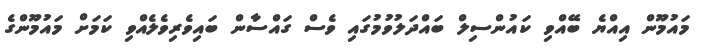
މައުމޫން އިއްޔެ ބޭއްވި ކައުންސިލް ބައްދަލުވުމުގައި ވެސް ގައްސާން ބައިވެރިވެލެއްވި ކަމަށް މައުމޫންގެ